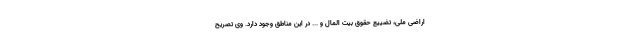
اراضی ملی، تضییع حقوق بیت المال و ... در این مناطق وجود دارد. وی تصریح